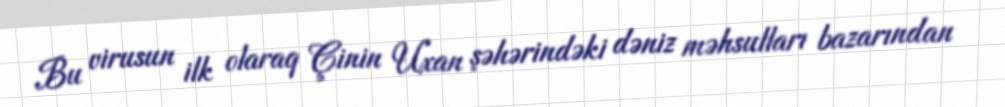
Bu virusun ilk olaraq Çinin Uxan şəhərindəki dəniz məhsulları bazarından